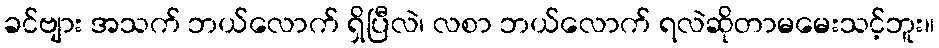
ခင်ဗျား အသက် ဘယ်လောက် ရှိပြီလဲ၊ လစာ ဘယ်လောက် ရလဲဆိုတာမမေးသင့်ဘူး။